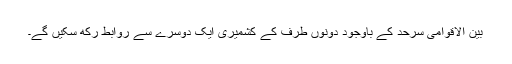
بین الاقوامی سرحد کے باوجود دونوں طرف کے کشمیری ایک دوسرے سے روابط رکھ سکیں گے۔